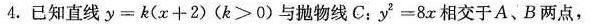
4.已知直线 $$y = k ( x + 2 )$$ ($$k > 0$$)与抛物线C: $$ y ^ { 2 } = 8 x$$相交于A、B两点，